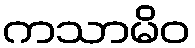
ကသာမိဝ